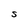
Character: S